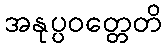
အနုပ္ပဝတ္တေတိ